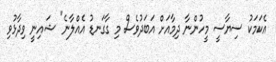
އެކަމަކު ސިޔާސީ މީހުންނާ ދިމާއަށް އަބަދުވެސް މި ގާގަނޑު އެއްލާނެ" ޝައިނީ ވިދާޅުވި